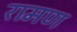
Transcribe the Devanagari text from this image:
रामण